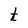
Character: t